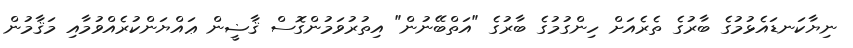
ނިޔާކަނޑައެޅުމުގެ ބާރުގެ ތެރެއަށް ހިންގުމުގެ ބާރުގެ "އަތްބޭނުން" އިތުރުވަމުންގޮސް ޤާޟީން ޢައްޔަންކުރެއްވުމާއި މަޤާމުން